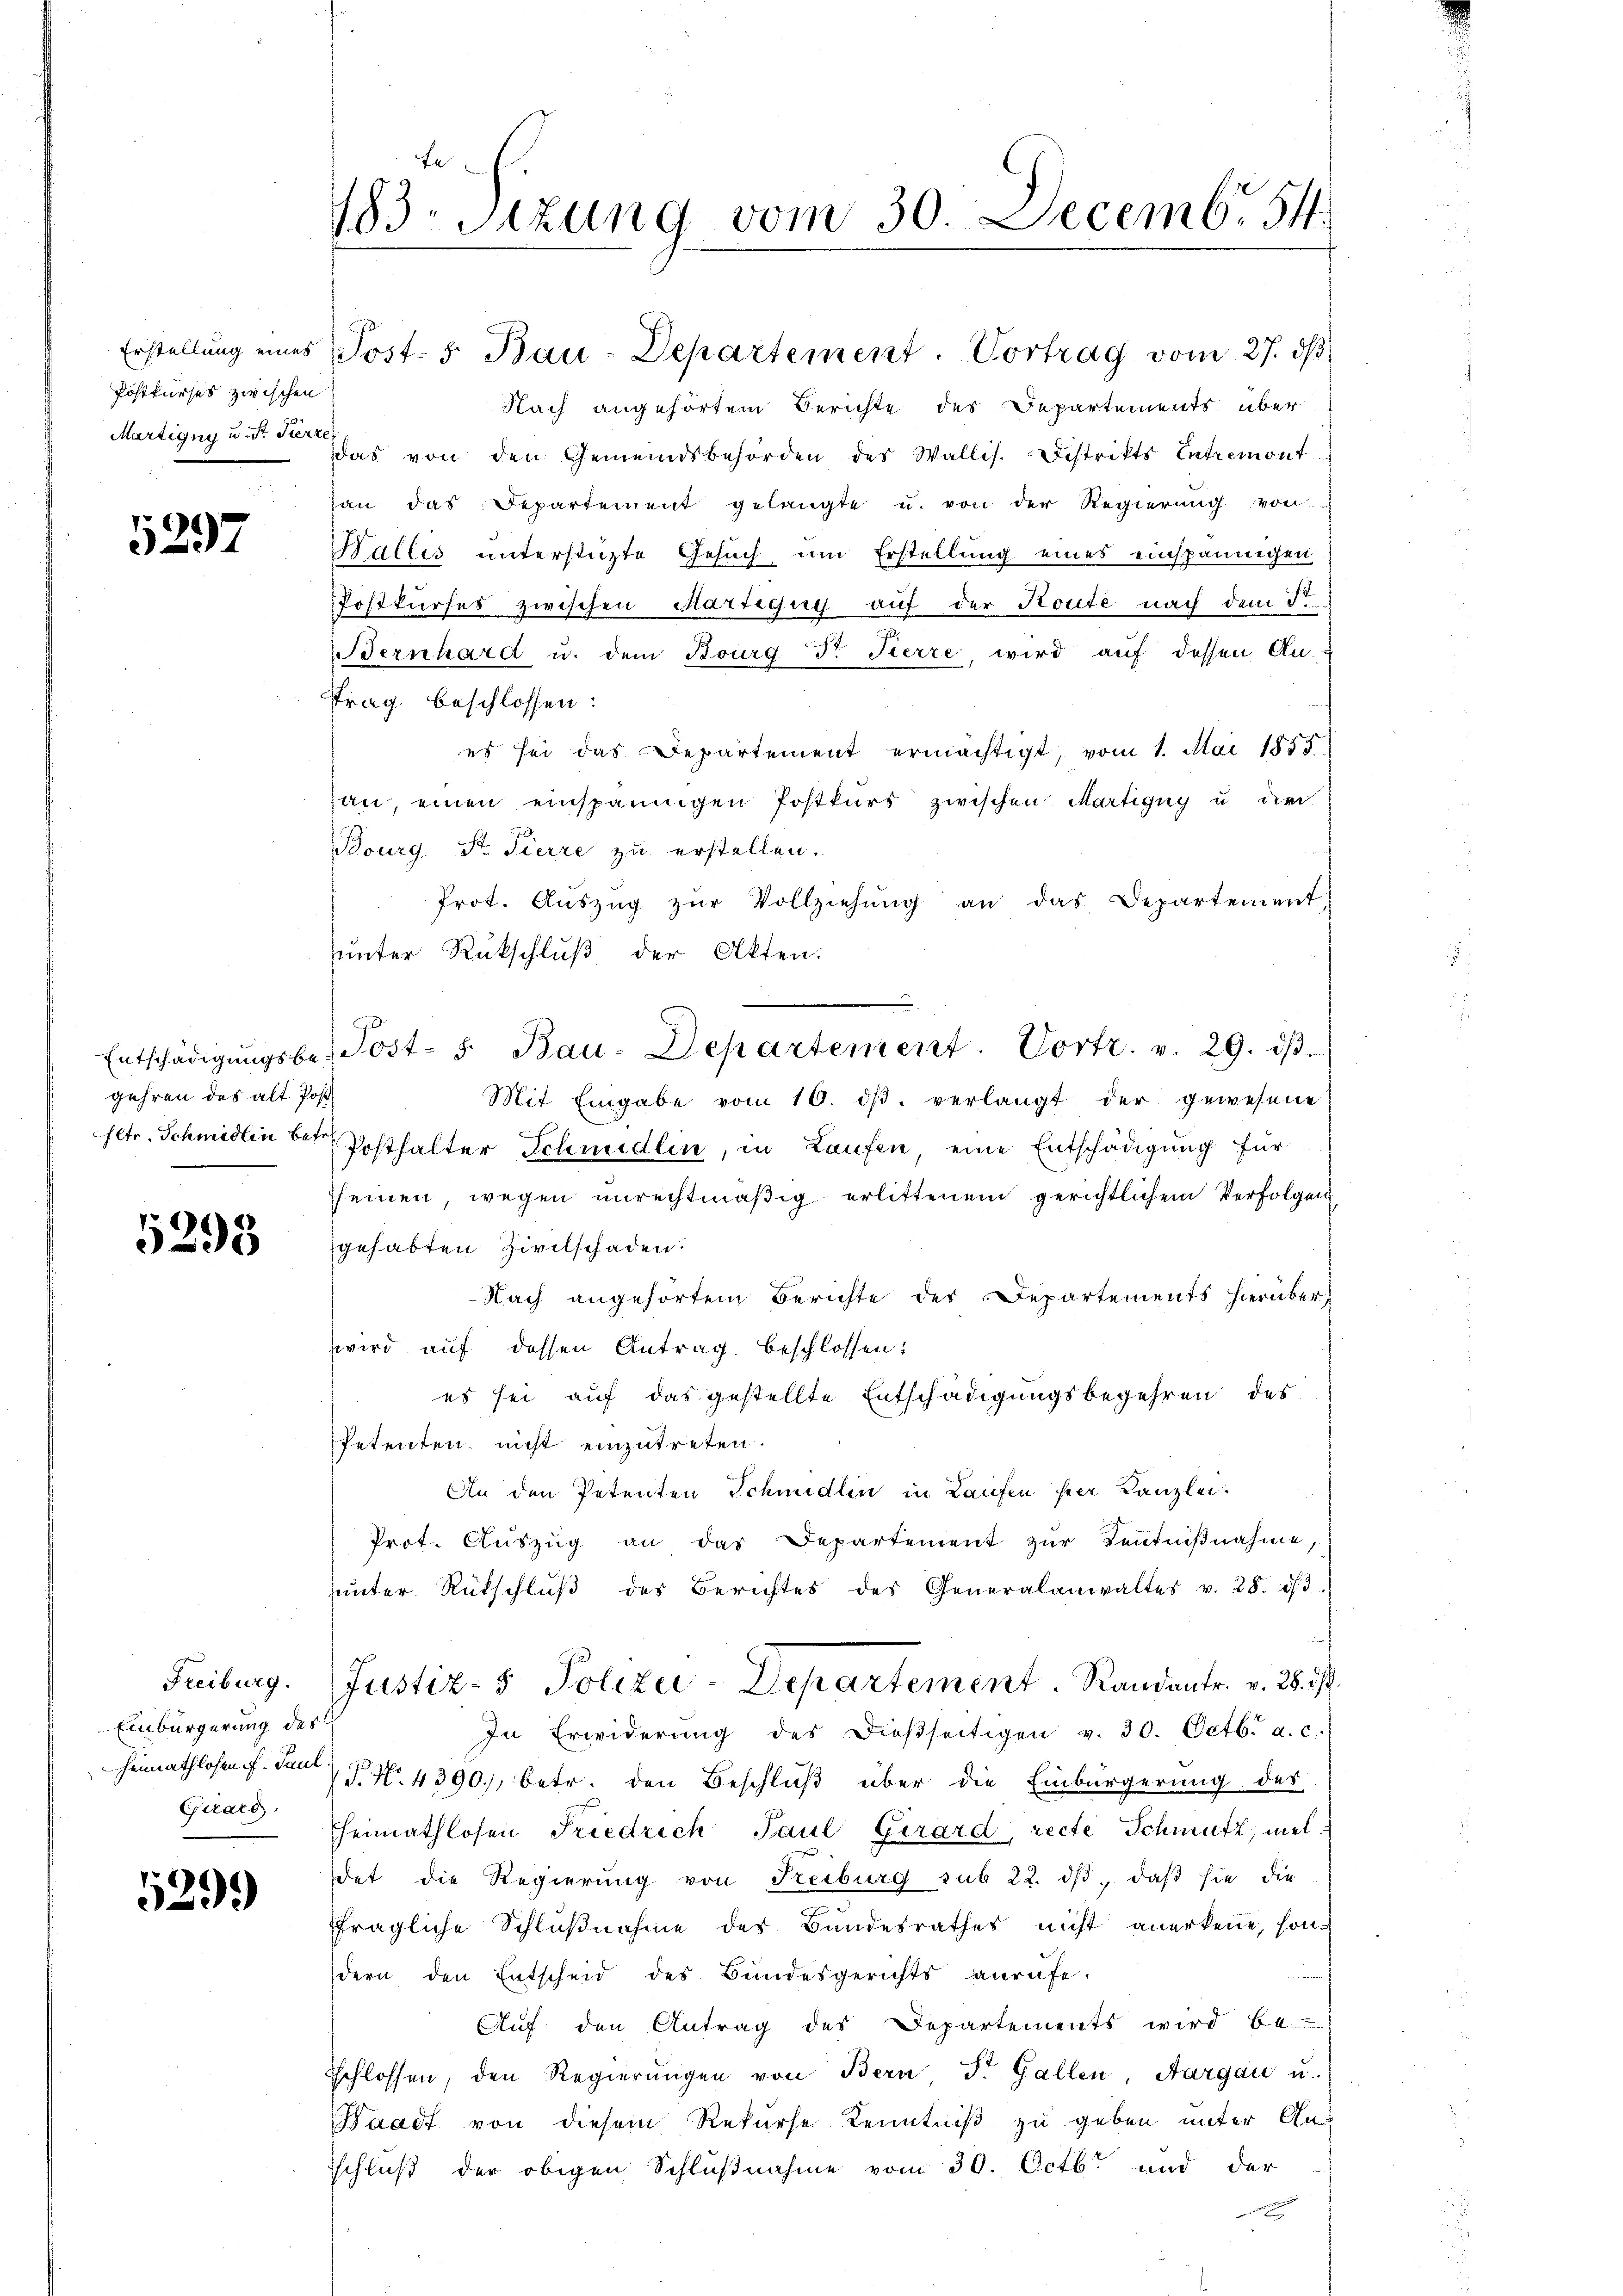
Postkurses zwischen
Märtigny u. Dr. Fierzei

5297

gehren des alt Post¬

5293

Freiburg.
Einbürgerung des
Girard

5299

Nach angehörtem Berichte des Departements über
das von den Gemeindsbehörden des Wallis. Distrikts Entremont
han das Departement gelangte u. von der Regierung von
Wallis unterstützte Gesuch um Erstellung eines einspännigen
Postkurses zwischen Martigug auf der Route nach dem S.
Bernhard u. dem Bourg dr Fierze, wird aŭf dessen An-
trag beschlossen:
s
es sei das Departement ermächtigt, vom 1. Mai 1855
an, einen einspännigen Postkŭrs zwischen Martigny u dir
Bourg St. Pierre zu erstellen.
Prot. Aŭszŭg zŭr Vollziehŭng an das Departement
unter Rückschluß der Akten.
Mit Eingabe vom 10. dβ. verlangt der gewesene
f
setr. Schmidlin bei Posthalter Schmidlin, in Laufen, eine Entschädigung für
seinen, wegen unrechtmäßig erlittenem gerichtlichem Verfolgen
gehabten Zivilschaden.
Nach angesorten Berichte des Departements hierüber,
wird auf dessen Antrag beschlossen:
es sei auf das gestellte Entschädigungsbegehren des
Petenten nicht einzutreten.
An den Petenten Schmidlin in Laufen hier Kanzlei.
Prot. Aŭszŭg an das Departement zŭr Kenntniβnahme,
unter Rutschlŭβ des Berichtes des Generalanwaltes v. 28. ds. 3.
Justiz- & Polizei-Departement. Randantr. v. 28. d.
In Erwiderŭng des dieβseitigen v. 30. Octb. a. c.
Heimathlosen F. Paul P No 4390), betr. den Beschluß über die Einbürgerung des
heimathlosen Friedrich Paul Girard, recte Schmutz, meldet die Regierung von Reiburg sub 22. dβ, daß sie die
fragliche Schlußnahme des Bundesrathes nicht anerkenne, sondern den Entscheid des Bundesgerichts anrufe.
Auf den Antrag des Departements wird be-
Schlossen, den Regierŭngen von Bern T. Gallen, Aargau u.
Waadt von diesem Rekurse Kenntniß zu geben unter An
schluß der obigen Schlußnahme vom 30. Octb. und der

183. Sitzung vom 30. Decemb. 54.

Entschädigŭngsbe-Post- s. Bau-Departement. Vortr. v. 29. dβ.

Erstellŭng eines Post- 5. Bau-Departement. Vortrag vom 27. dβ